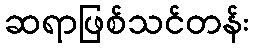
ဆရာဖြစ်သင်တန်း